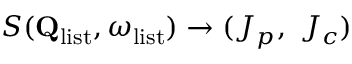
S ( \mathbf { Q } _ { \mathrm { l i s t } } , \omega _ { \mathrm { l i s t } } ) \rightarrow ( J _ { p } , \ J _ { c } )